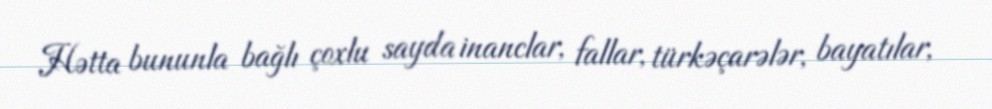
Hətta bununla bağlı çoxlu sayda inanclar, fallar, türkəçarələr, bayatılar,